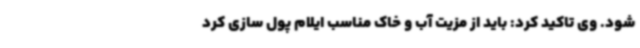
شود. وی تاکید کرد: باید از مزیت آب و خاک مناسب ایلام پول سازی کرد